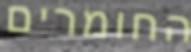
החומרים